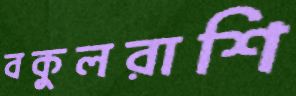
বকুলরাশি